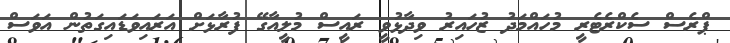
ޕްރެސް ސެކްރެޓެރީ މުހައްމަދު ޒުހައިރު ވިދާޅުވީ ރައީސް މުލީއާގޭ ފުރާޅަށް އަރައިވަޑައިގަތުން އަވަސް